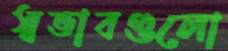
স্বভাবগুলো